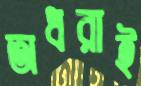
অধরাই